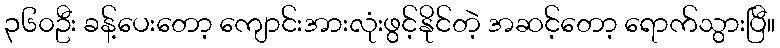
၃၆၀ဦး ခန့်ပေးတော့ ကျောင်းအားလုံးဖွင့်နိုင်တဲ့ အဆင့်တော့ ရောက်သွားပြီ။